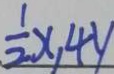
\frac { 1 } { 2 } x , 4 y